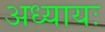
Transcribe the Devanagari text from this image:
अध्यायः